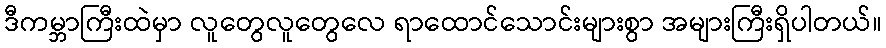
ဒီကမ္ဘာကြီးထဲမှာ လူတွေလူတွေလေ ရာထောင်သောင်းများစွာ အများကြီးရှိပါတယ်။